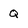
Character: Q